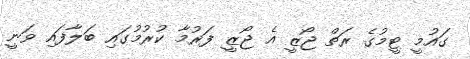
ގައުމީ ޓީމުގެ ރަތް ޖޯޒީ އެ ޖޯޒީ ފަރުމާ ކުރުމުގައި ބަލާފައި ވަނީ